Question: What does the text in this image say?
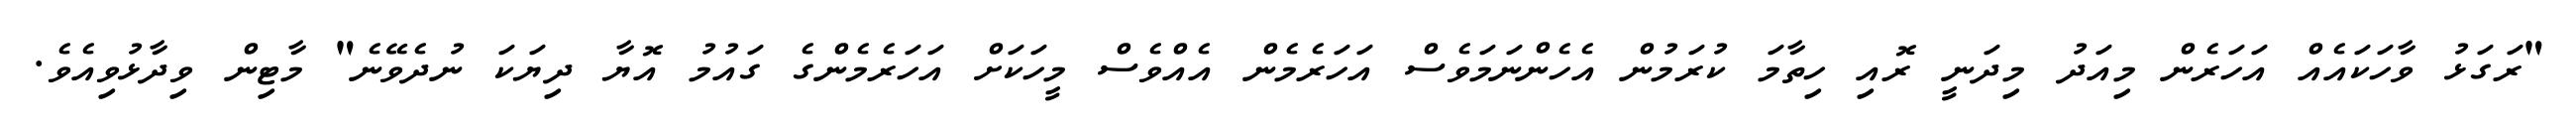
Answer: "ރަގަޅު ވާހަކައެއް އަހަރެން މިއަދު މިދަނީ ރޮއި ހިތާމަ ކުރަމުން އެހެންނަމަވެސް އަހަރެމެން އެއްވެސް މީހަކަށް އަހަރެމެންގެ ގައުމު އޮޔާ ދިޔަކަ ނުދެވޭނެ" މާޓިން ވިދާޅުވިއެވެ.